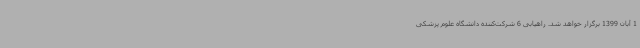
1 آبان 1399 برگزار خواهد شد. راهیابی 6 شرکت‌کننده دانشگاه علوم پزشکی